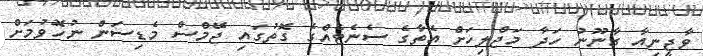
ވާޖީނިއާ ގާނޫނު ހަދާ މަޖްލިހަށް އެތާގެ ސެނެޓެއްގެ ގޮތުގައި ޖޭމްސް މެޑިސަން ނުހޮވުމަށް